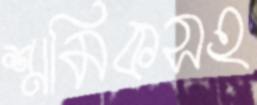
শ্রমিকসহ